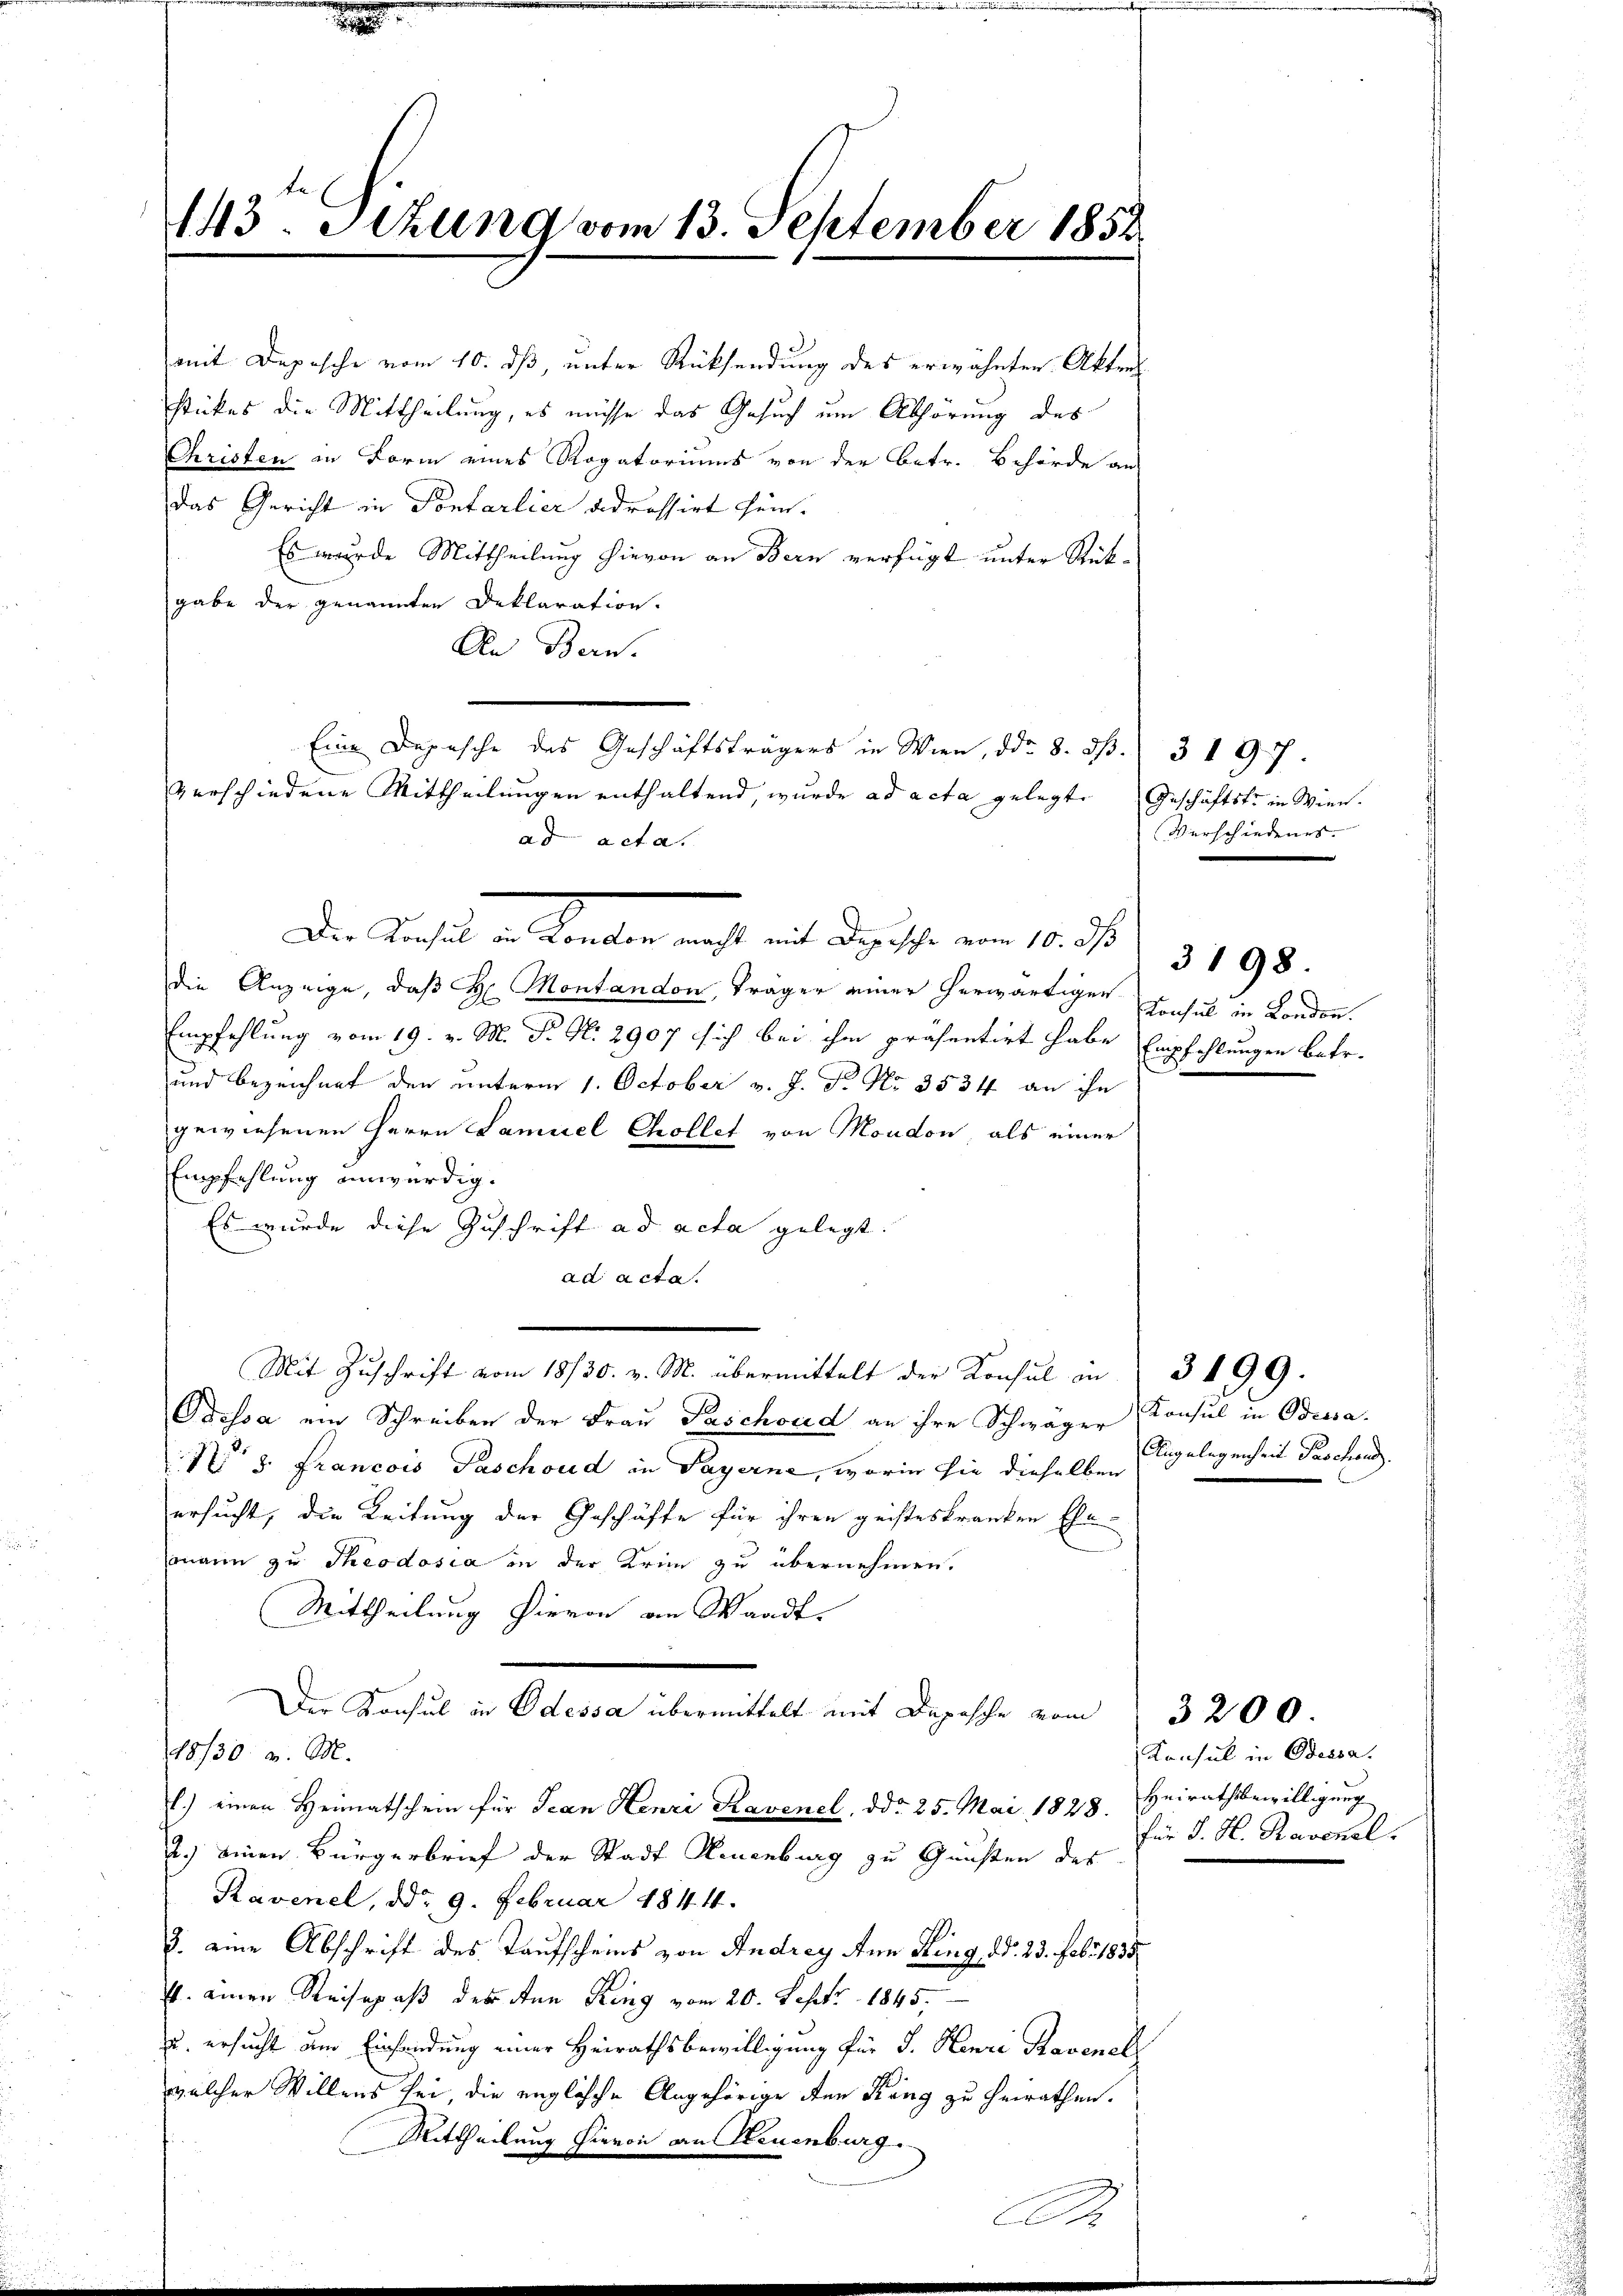
143. Setzung vom 13. September 1852.

stückes die Mittheilung, es müsse das Gesuch um Abhörung des
Christen in Form eines Rogatoriums von der betr. Behörde an
das Gericht in Sontarlier adressirt sein.
Es wurde Mittheilung hievon an Bern verfügt unter Rückgabe der genannten Deklaration.
An Bern.
Eine Depesche des Geschäftsträgers in Wien, ddo. 8. ds. 3 1 97.
verschiedene Mittheilungen enthaltend, wurde ad acta gelegte Geschäftste in Wien.
ad acta.

Mit Zuschrift vom 18/30. v. M. übermittelt der Konsul in

mit Deposche vom 10. dß, unter Rücksendung des erwähnten Akten

Der Titel an Seiten mit ist das sie an der
die Anzeige, daß H. Montandon, Träger einer herwärtigen Consul in London.
Empfehlung vom 19. v. M. P. Nr. 2907 sich bei ihm präsentirt habe Empfehlungen betr.
und bezeichnet den unterm 1. October v. J. J. No. 3534 an ihn
gewiesenen Herrn Lamuel Chollet von Moudon, als einer
Empfehlung unwürdig.
Es wurde diese Zuschrift ad acta gelegt.
ad acta.
Odessa ein Schreiben der Frau Paschord an ihre Schwäger Konsul in Beisa
Nr 8. Francois Paschoud in Payerne, worin sie dieselben
ersucht, die Leitung der Geschäfte für ihren geisteskranken Ehemann zu Theodosia in der Krim zu übernehmen.
Mittheilung hievon an Waadt
Der Konsul in Odessa übermittelt mit Depesche vom
18/30. v. M.
l.) einen Heimatschein für Jean Henri Ravenel, ddo 25. Mai 1828. Heirathsbewilligung
.) einen Bürgerbrief der Stadt Neuenburg zu Gunsten des
Ravenel, ddo 9. Februar 1844.
u. eine Abschrift des Taufscheins von Andrey Anm Ring, d. 23. Febr 1835.
t. einen Reisepaß der den King vom 20. Sept. 1845.
u. ersucht am Einsendung einer Heirathsbewilligung für J. Henri Ravenel
welcher Willens sei, die englische Angehörige den Rang zu heirathen.
Mittheilung hievon an Steuenburg.

Verschiedenes. |

Angelegenheit Paschend.

3198

3199.

3200

Konsul in Odessa.
für J. H. Ravenel.